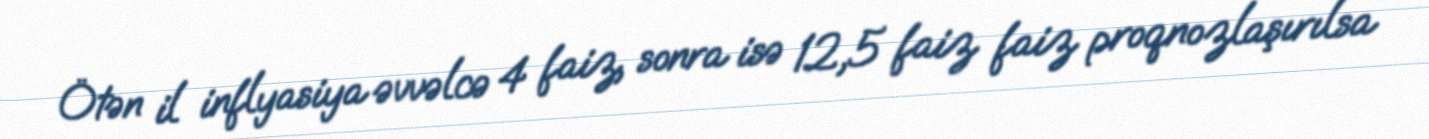
Ötən il inflyasiya əvvəlcə 4 faiz, sonra isə 12,5 faiz faiz proqnozlaşırılsa